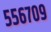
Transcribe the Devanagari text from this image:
५५६७०९